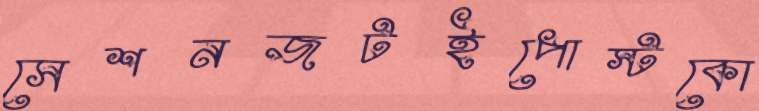
সেশনজটইপোস্টকো